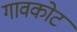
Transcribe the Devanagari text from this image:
गावकोट